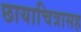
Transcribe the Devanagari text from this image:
छायाचित्रासह